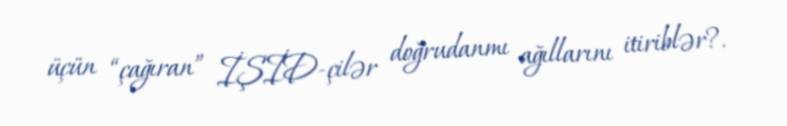
üçün “çağıran” İŞİD-çilər doğrudanmı ağıllarını itiriblər?.